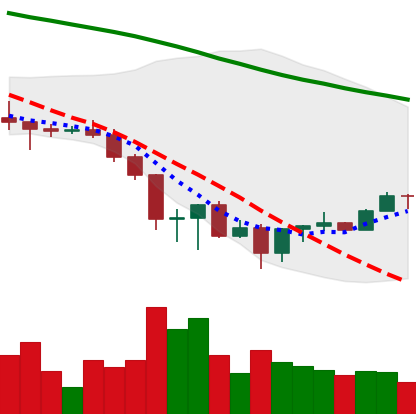
Ticker: BNB-USD
Chart end date: 2022-06-25
Forward return: -8.507%
Label: down_7plus